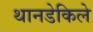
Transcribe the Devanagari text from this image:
थानडेकिले